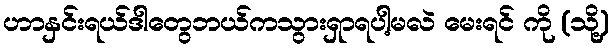
ဟာနှင်းရယ်ဒါတွေဘယ်ကသွားရှာရပါ့မလဲ မေးရင် ကို (သို့)